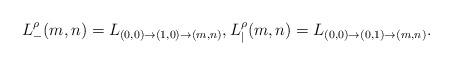
LaTeX: \begin{align*}L^\rho_{-}(m,n)=L_{(0,0)\to(1,0)\to(m,n)},L^\rho_{|}(m,n)=L_{(0,0)\to (0,1)\to(m,n)}.\end{align*}